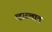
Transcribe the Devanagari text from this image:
व्हास्लाव